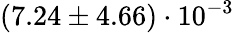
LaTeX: (7.24\pm 4.66)\cdot 10^{-3}